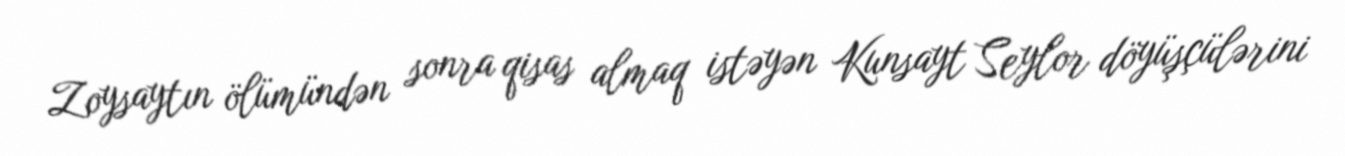
Zoysaytın ölümündən sonra qisas almaq istəyən Kunsayt Seylor döyüşçülərini